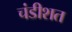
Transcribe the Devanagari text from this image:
चंडीशत